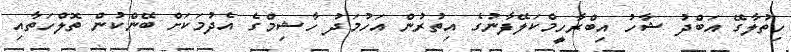
ހިތުލާގޭ އަބްދު ޝާހު އިބްރާހީމްކަލޭފާނުގެ އިތުރުން އަހުމަދު ހާޝިމްގެ އެދުމަކަށް ބޭންކުން ތޮލްހަތާއި